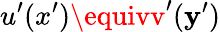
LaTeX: u^{\prime}(x^{\prime})\equivv^{\prime}(\mathbf{y}^{\prime})